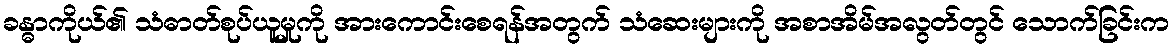
ခန္ဓာကိုယ်၏ သံဓာတ်စုပ်ယူမှုကို အားကောင်းစေရန်အတွက် သံဆေးများကို အစာအိမ်အလွတ်တွင် သောက်ခြင်းက